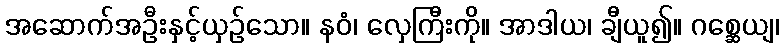
အဆောက်အဦးနှင့်ယှဉ်သော။ နဝံ၊ လှေကြီးကို။ အာဒါယ၊ ချီယူ၍။ ဂစ္ဆေယျ၊